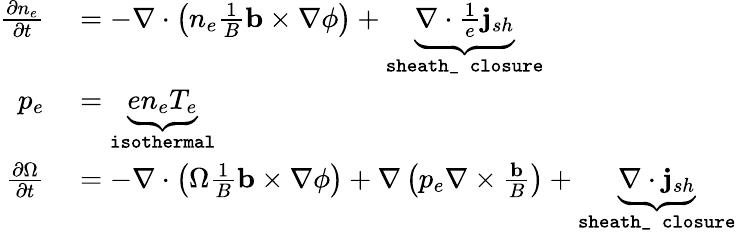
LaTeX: \begin{array}{rl}{\frac{\partial n_{e}}{\partial t}}&{{}=-\nabla\cdot\left(n_{e}\frac{1}{B}\mathbf{b}\times\nabla\phi\right)+\underbrace{\nabla\cdot{\frac{1}{e}\mathbf{j}_{sh}}}_{\texttt{sheath\_ closure}}}\\ {p_{e}}&{{}=\underbrace{en_{e}T_{e}}_{\texttt{isothermal}}}\\ {\frac{\partial\Omega}{\partial t}}&{{}=-\nabla\cdot\left(\Omega\frac{1}{B}\mathbf{b}\times\nabla\phi\right)+\nabla\left(p_{e}\nabla\times\frac{\mathbf{b}}{B}\right)+\underbrace{\nabla\cdot\mathbf{j}_{sh}}_{\texttt{sheath\_ closure}}}\end{array}